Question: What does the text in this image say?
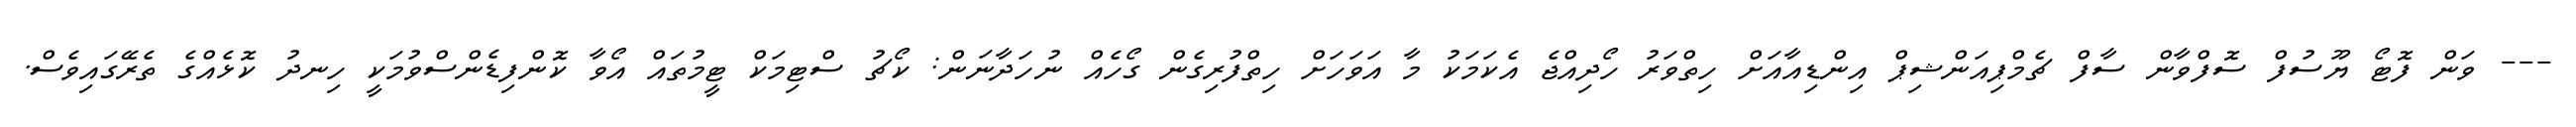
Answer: --- ވަން ފޮޓޯ ޔޫސުފް ސޮފްވާން ސާފް ޗެމްޕިއަންޝިޕް އިންޑިއާއަށް ހިތްވަރު ހޯދިއްޖެ އެކަމަކު މާ އަވަހަށް ހިތްފުރިގެން ގޯހެއް ނުހަދާނަން: ކޯޗު ސްޓިމަކް ޓީމުތައް އޯވާ ކޮންފިޑެންސްވުމަކީ ހިނދު ކޮޅެއްގެ ތެރޭގައިވެސް.